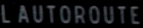
L'AUTOROUTE